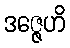
ဒဇ္ဇေဟိ